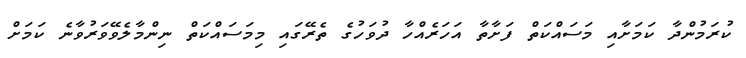
ކުރަމުންދާ ކަމަށާއި މަސައްކަތް ފަށާތާ އަހަރެއްހާ ދުވަހުގެ ތެރޭގައި މިމަސައްކަތް ނިންމާލެވޭވަރުވާނެ ކަމަށް